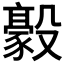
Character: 𣫛